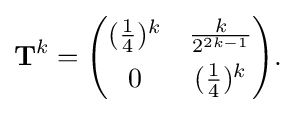
{\begin{aligned}\mathbf {T} ^{k}={\begin{pmatrix}({\frac {1}{4}})^{k}&{\frac {k}{2^{2k-1}}}\\[4pt]0&({\frac {1}{4}})^{k}\end{pmatrix}}.\end{aligned}}